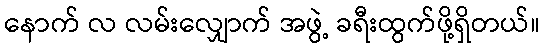
နောက် လ လမ်းလျှောက် အဖွဲ့ ခရီးထွက်ဖို့ရှိတယ်။